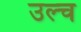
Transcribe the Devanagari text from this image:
उल्च